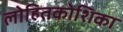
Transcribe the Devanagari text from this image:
लोहितकोशिका